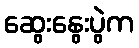
ဆွေးနွေးပွဲက